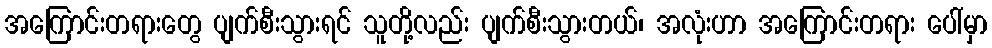
အကြောင်းတရားတွေ ပျက်စီးသွားရင် သူတို့လည်း ပျက်စီးသွားတယ်၊ အလုံးဟာ အကြောင်းတရား ပေါ်မှာ